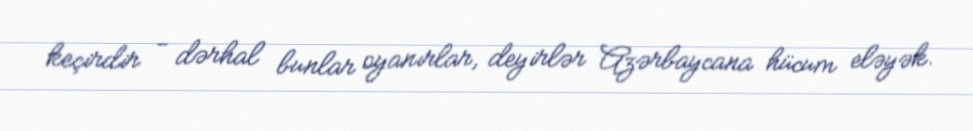
keçirdir - dərhal bunlar oyanırlar, deyirlər Azərbaycana hücum eləyək.